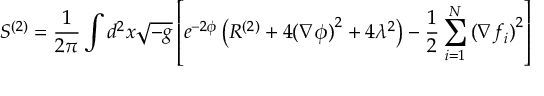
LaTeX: S ^ { ( 2 ) } = \frac { 1 } { 2 \pi } \int d ^ { 2 } x \sqrt { - g } \left[ e ^ { - 2 \phi } \left( R ^ { ( 2 ) } + 4 { ( \nabla \phi ) } ^ { 2 } + 4 \lambda ^ { 2 } \right) - \frac { 1 } { 2 } \sum _ { i = 1 } ^ { N } { ( \nabla f _ { i } ) } ^ { 2 } \right]